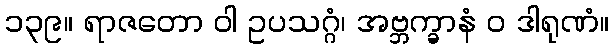
၁၃၉။ ရာဇတော ဝါ ဥပသဂ္ဂံ၊ အဗ္ဘက္ခာနံ ဝ ဒါရုဏံ။